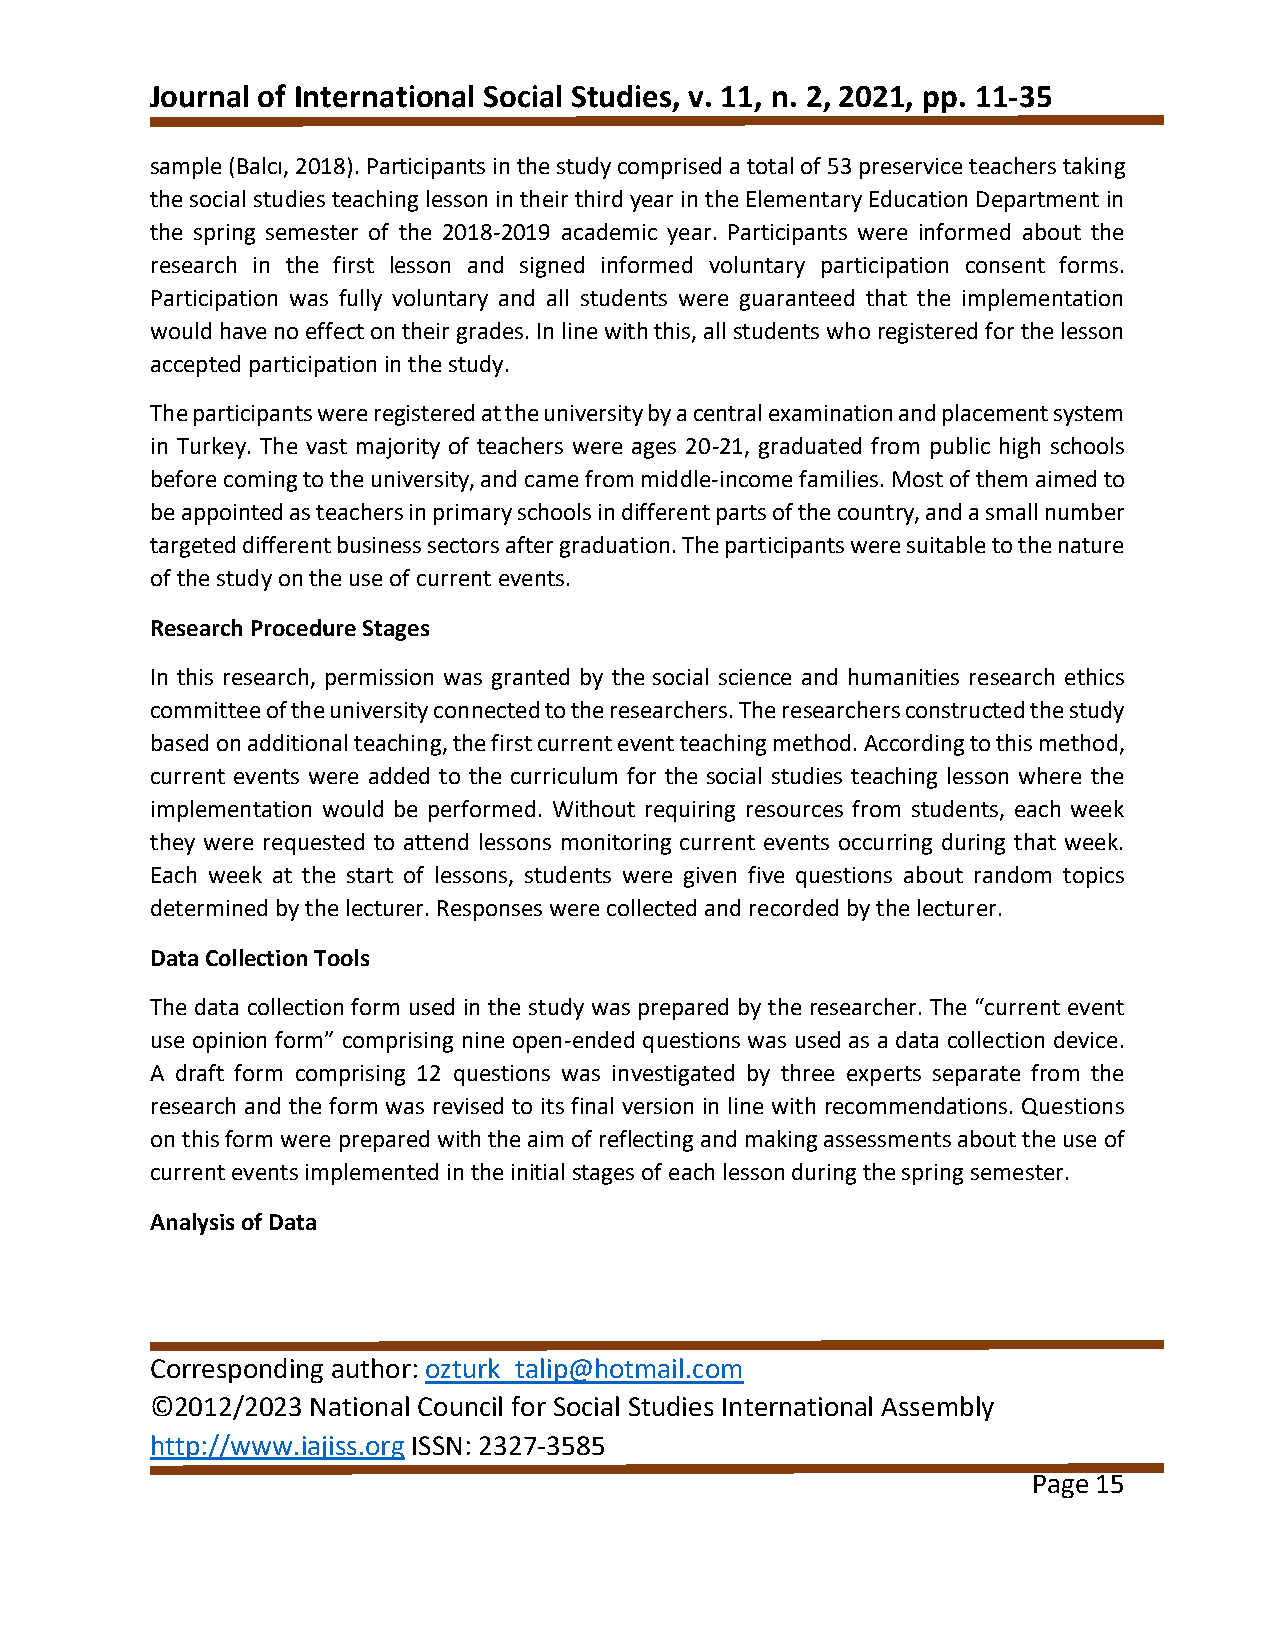
Journal of International Social Studies, v. 11, n. 2, 2021, pp. 11-35
 sample (Balcı, 2018). Participants in the study comprised a total of 53 preservice teachers taking
 the social studies teaching lesson in their third year in the Elementary Education Department in
 the spring semester of the 2018-2019 academic year. Participants were informed about the
 research in the first lesson and signed informed voluntary participation consent forms.
 Participation was fully voluntary and all students were guaranteed that the implementation
 would have no effect on their grades. In line with this, all students who registered for the lesson
 accepted participation in the study.
 The participants were registered at the university by a central examination and placement system
 in Turkey. The vast majority of teachers were ages 20-21, graduated from public high schools
 before coming to the university, and came from middle-income families. Most of them aimed to
 be appointed as teachers in primary schools in different parts of the country, and a small number
 targeted different business sectors after graduation. The participants were suitable to the nature
 of the study on the use of current events.
 Research Procedure Stages
 In this research, permission was granted by the social science and humanities research ethics
 committee of the university connected to the researchers. The researchers constructed the study
 based on additional teaching, the first current event teaching method. According to this method,
 current events were added to the curriculum for the social studies teaching lesson where the
 implementation would be performed. Without requiring resources from students, each week
 they were requested to attend lessons monitoring current events occurring during that week.
 Each week at the start of lessons, students were given five questions about random topics
 determined by the lecturer. Responses were collected and recorded by the lecturer.
 Data Collection Tools
 The data collection form used in the study was prepared by the researcher. The “current event
 use opinion form” comprising nine open-ended questions was used as a data collection device.
 A draft form comprising 12 questions was investigated by three experts separate from the
 research and the form was revised to its final version in line with recommendations. Questions
 on this form were prepared with the aim of reflecting and making assessments about the use of
 current events implemented in the initial stages of each lesson during the spring semester.
 Analysis of Data
 Corresponding author: ozturk_talip@hotmail.com
 ©2012/2023 National Council for Social Studies International Assembly
 http://www.iajiss.org ISSN: 2327-3585
 Page 15